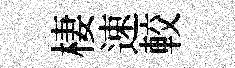
棲速較